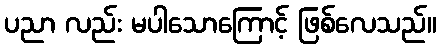
ပညာ လည်း မပါသောကြောင့် ဖြစ်လေသည်။